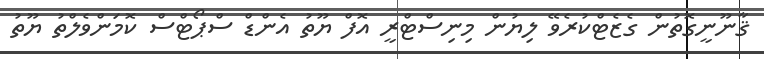
ޤާނޫނީގޮތުން ގެޒެޓްކުރެވޭ ލިޔުން މިނިސްޓްރީ އޮފް ޔޫތު އެންޑް ސްޕޯޓްސް ކޮމަންވެލްތު ޔޫތު